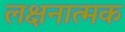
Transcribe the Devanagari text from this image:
लक्षनात्मक